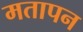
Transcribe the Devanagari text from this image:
मतापन